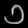
Digit: ၁